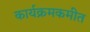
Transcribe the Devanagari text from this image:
कार्यक्रमकमीत